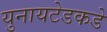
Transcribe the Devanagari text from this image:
युनायटेडकडे